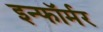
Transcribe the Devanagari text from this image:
इन्फॉर्मर